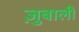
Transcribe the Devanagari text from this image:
ज़ुबाली